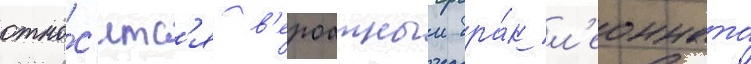
отно́с'итс'я в'ероатныи бра́к л'еонната